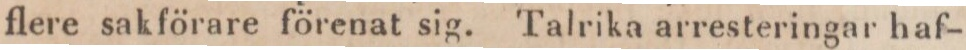
flere sakförare förenat sig. Talrika arresteringar haf-